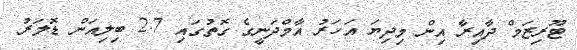
ޓޫރިޒަމް ދާއިރާ އިން މިދިޔަ އަހަރު އާމްދަނީގެ ގޮތުގައި 2.7 ބިލިއަން ޑޮލަރު